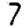
Digit: 7